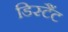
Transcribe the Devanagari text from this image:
डिस्टैंट